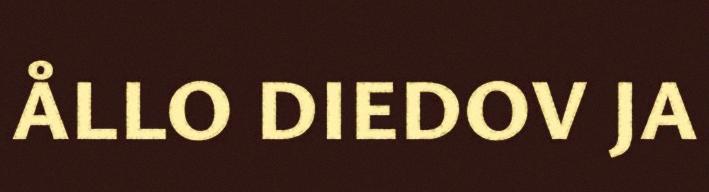
ÅLLO DIEDOV JA